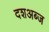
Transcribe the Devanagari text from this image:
दशअब्ज